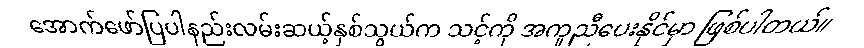
အောက်ဖော်ပြပါနည်းလမ်းဆယ့်နှစ်သွယ်က သင့်ကို အကူညီပေးနိုင်မှာ ဖြစ်ပါတယ်။